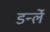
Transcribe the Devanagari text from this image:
डर्न्ले